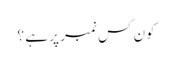
کون کس نمبر پر ہے ؟